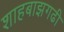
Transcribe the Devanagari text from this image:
शाहबाझगढी